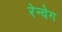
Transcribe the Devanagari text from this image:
रेन्वेग